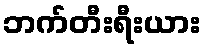
ဘက်တီးရီးယား